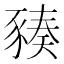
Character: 𧱪